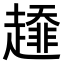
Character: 𧾁